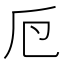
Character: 𠂘